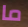
ما